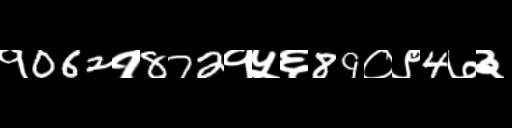
Text: १062१872१५६89०९4७३